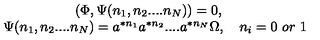
\begin{array} { c } { \left( \Phi , \Psi ( n _ { 1 } , n _ { 2 } . . . . n _ { N } ) \right) = 0 , \quad } \\ { \Psi ( n _ { 1 } , n _ { 2 } . . . . n _ { N } ) = a ^ { * n _ { 1 } } a ^ { * n _ { 2 } } . . . . a ^ { * n _ { N } } \Omega , \quad n _ { i } = 0 \ o r \ 1 } \\ \end{array}